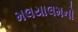
મલયાલમનો